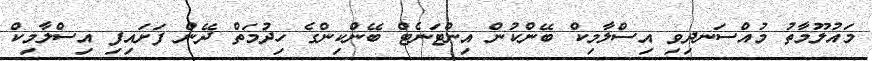
މައުލޫމާތު މުއްސަނދިވި އިސްލާމިކް ބޭންކުން އިންޓަނެޓް ބޭންކިންގެ ހިދުމަތް ދޭން ފަށައިފި އިސްލާމިކް